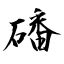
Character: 磻